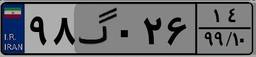
۵۵گ۰۰۰۵۶